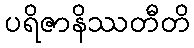
ပရိဇာနိဿတီတိ